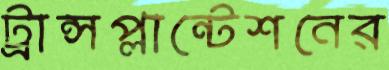
ট্রান্সপ্লান্টেশনের